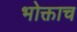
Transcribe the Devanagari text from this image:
भोक्ताच